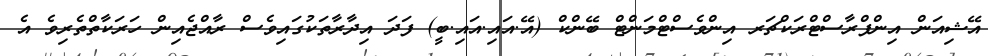
އޭޝިއަން އިންފްރާސްޓްރަކްޗަރ އިންވެސްޓްމަންޓް ބޭންކް (އޭ.އައި.އައި.ބީ) ފަދަ އިދާރާތަކުގައިވެސް ރާއްޖެއިން ހަރަކާތްތެރިވެ އެ